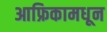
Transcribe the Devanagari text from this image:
आफ्रिकामधून